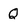
Character: Q